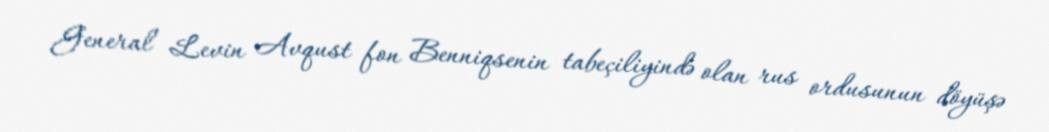
General Levin Avqust fon Benniqsenin tabeçiliyində olan rus ordusunun döyüşə